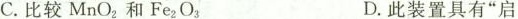
C.比较MnO_{2}和Fe_{2}O_{3} D.此装置具有“启